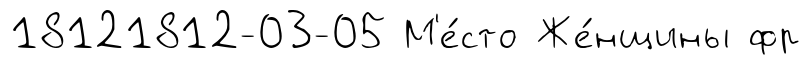
18121812-03-05 М'е́сто Же́нщины фр